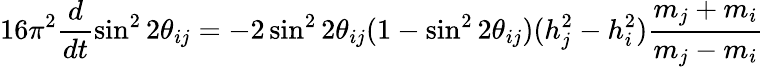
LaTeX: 16\pi^{2}\frac{d}{dt}\sin^{2}2\theta_{ij}=-2\sin^{2}2\theta_{ij}(1-\sin^{2}2\theta_{ij})(h_{j}^{2}-h_{i}^{2})\frac{m_{j}+m_{i}}{m_{j}-m_{i}}